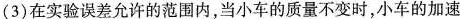
(3)在实验误差允许的范围内，当小车的质量不变时，小车的加速度